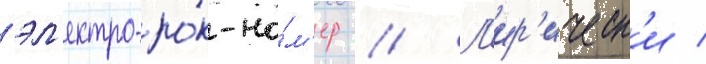
эл'ектро-ро́к-но́м'ер // Л'ир'ическ'и /